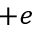
+ e